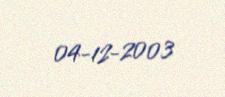
04-12-2003